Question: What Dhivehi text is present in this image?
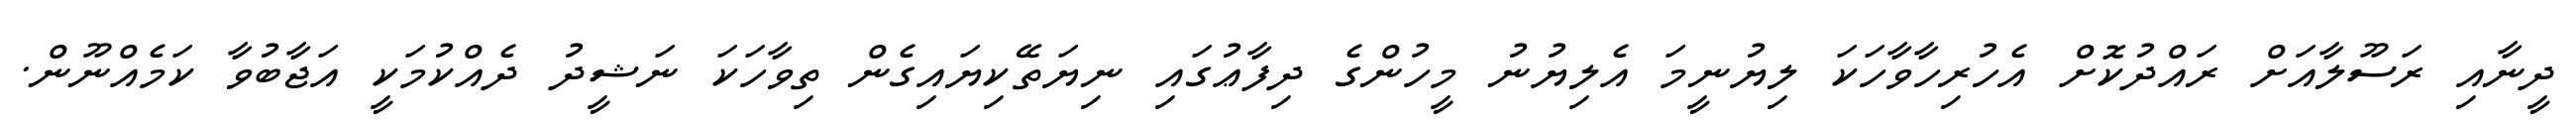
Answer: ދީނާއި ރަސޫލާއަށް ރައްދުކޮށް އެހުރިހާވާހަކަ ލިޔުނީމަ އެލިޔުނު މީހުންގެ ދިފާޢުގައި ނިޔަތޭކިޔައިގެން ތިވާހަކަ ނަޝީދު ދެއްކުމަކީ އަޖާބުވާ ކަމެއްނޫން.